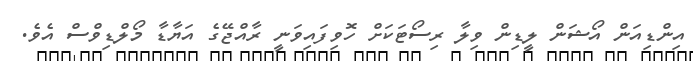
އިންޑިއަން އޯޝަން ލީޑިން ވިލާ ރިސޯޓަކަށް ހޮވިފައިވަނީ ރާއްޖޭގެ އަޔާޑާ މޯލްޑިވްސް އެވެ.